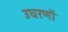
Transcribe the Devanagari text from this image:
उघरणों